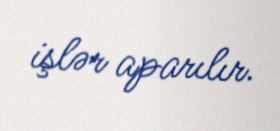
işlər aparılır.